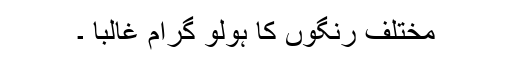
مختلف رنگوں کا ہولو گرام غالباً ۔